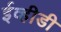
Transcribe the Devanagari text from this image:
ईव्हीडी